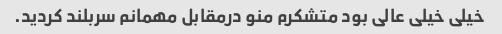
خیلی خیلی عالی بود متشکرم منو درمقابل مهمانم سربلند کردید.